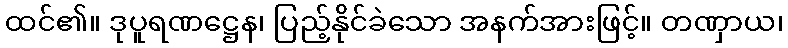
ထင်၏။ ဒုပူရဏဋ္ဌေန၊ ပြည့်နိုင်ခဲသော အနက်အားဖြင့်။ တဏှာယ၊